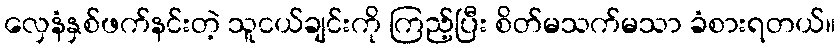
လှေနံနှစ်ဖက်နင်းတဲ့ သူငယ်ချင်းကို ကြည့်ပြီး စိတ်မသက်မသာ ခံစားရတယ်။